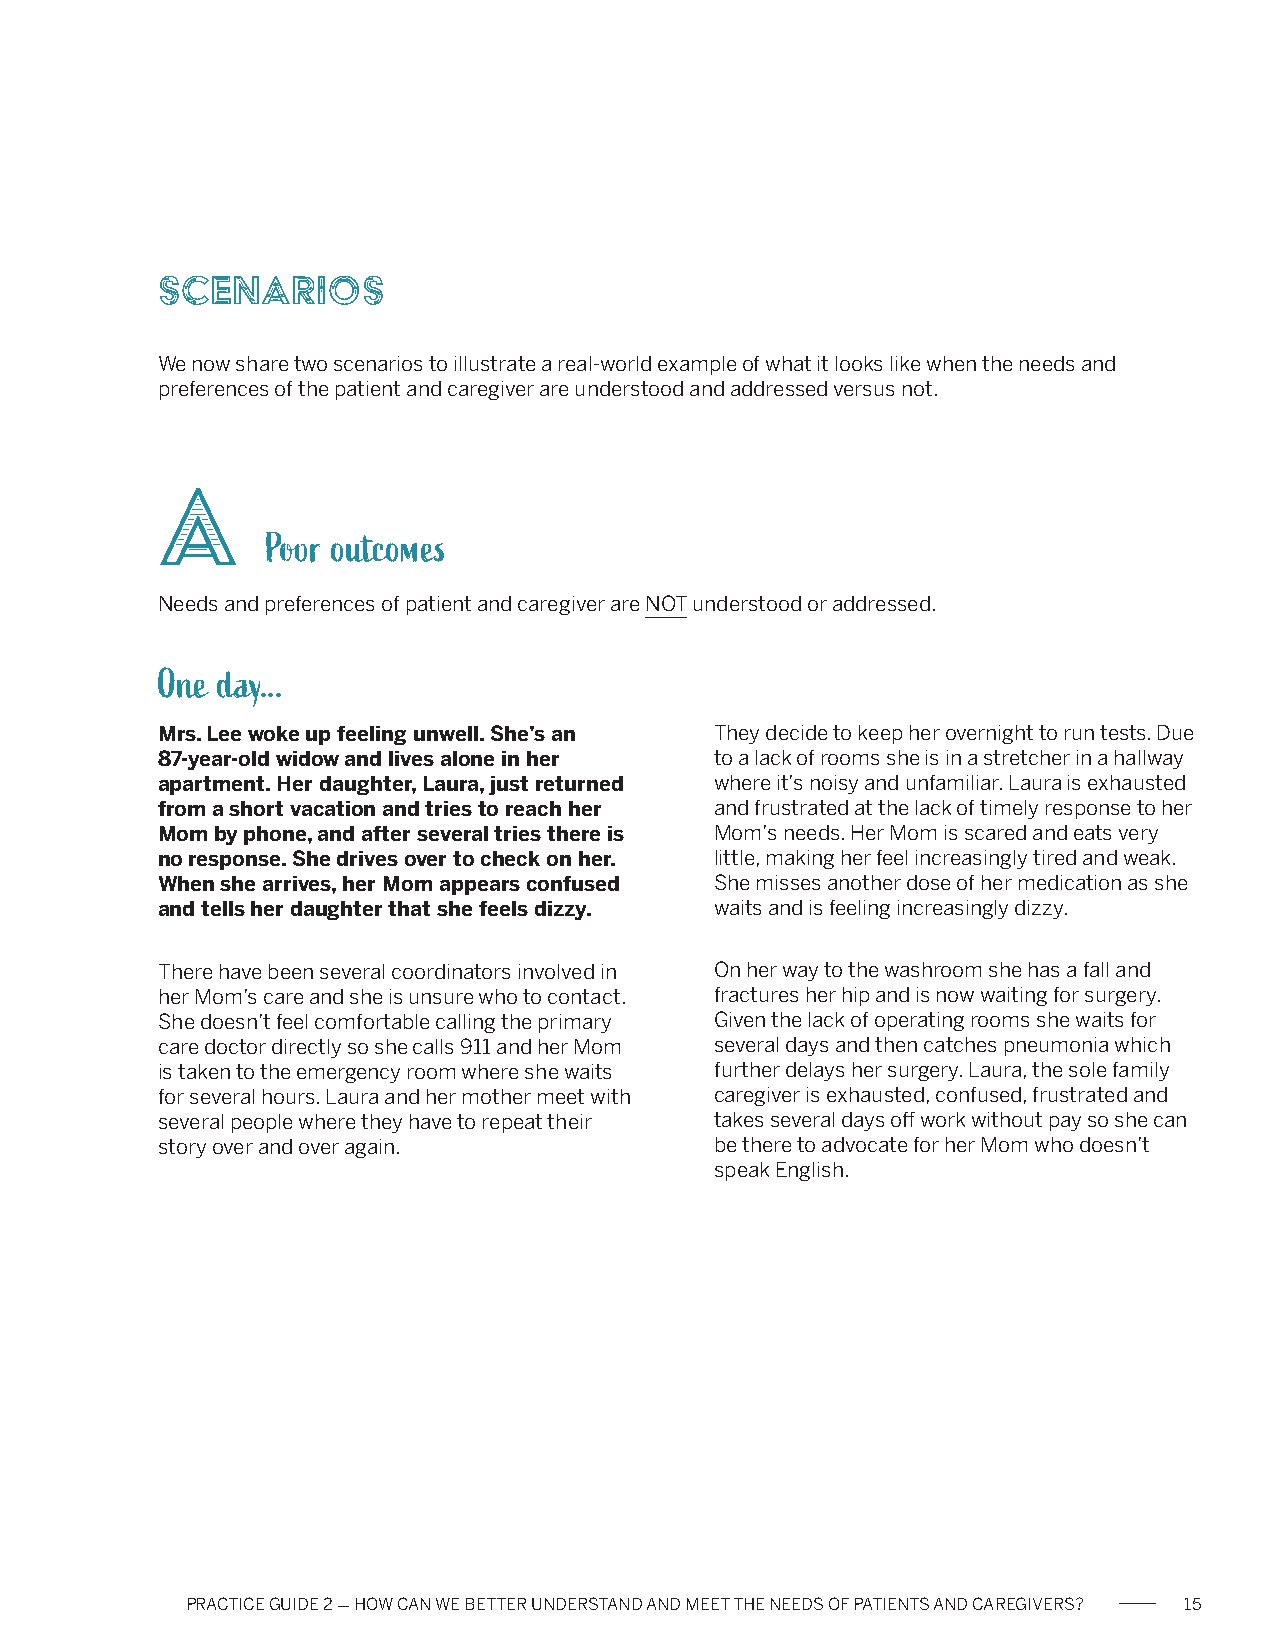
Scenarios
 We now share two scenarios to illustrate a real-world example of what it looks like when the needs and
 preferences of the patient and caregiver are understood and addressed versus not.
 A
 Poor outcomes
 Needs and preferences of patient and caregiver are NOT understood or addressed.
 One day...
 Mrs. Lee woke up feeling unwell. She’s an They decide to keep her overnight to run tests. Due
 87-year-old widow and lives alone in her to a lack of rooms she is in a stretcher in a hallway
 apartment. Her daughter, Laura, just returned where it’s noisy and unfamiliar. Laura is exhausted
 from a short vacation and tries to reach her and frustrated at the lack of timely response to her
 Mom by phone, and after several tries there is Mom’s needs. Her Mom is scared and eats very
 no response. She drives over to check on her. little, making her feel increasingly tired and weak.
 When she arrives, her Mom appears confused She misses another dose of her medication as she
 and tells her daughter that she feels dizzy. waits and is feeling increasingly dizzy.
 There have been several coordinators involved in On her way to the washroom she has a fall and
 her Mom’s care and she is unsure who to contact. fractures her hip and is now waiting for surgery.
 She doesn’t feel comfortable calling the primary Given the lack of operating rooms she waits for
 care doctor directly so she calls 911 and her Mom several days and then catches pneumonia which
 is taken to the emergency room where she waits further delays her surgery. Laura, the sole family
 for several hours. Laura and her mother meet with caregiver is exhausted, confused, frustrated and
 several people where they have to repeat their takes several days off work without pay so she can
 story over and over again.           be there to advocate for her Mom who doesn’t
 speak English.
 PRACTICE GUIDE 2 - HOW CAN WE BETTER UNDERSTAND AND MEET THE NEEDS OF PATIENTS AND CAREGIVERS? 15